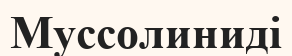
Муссолиниді